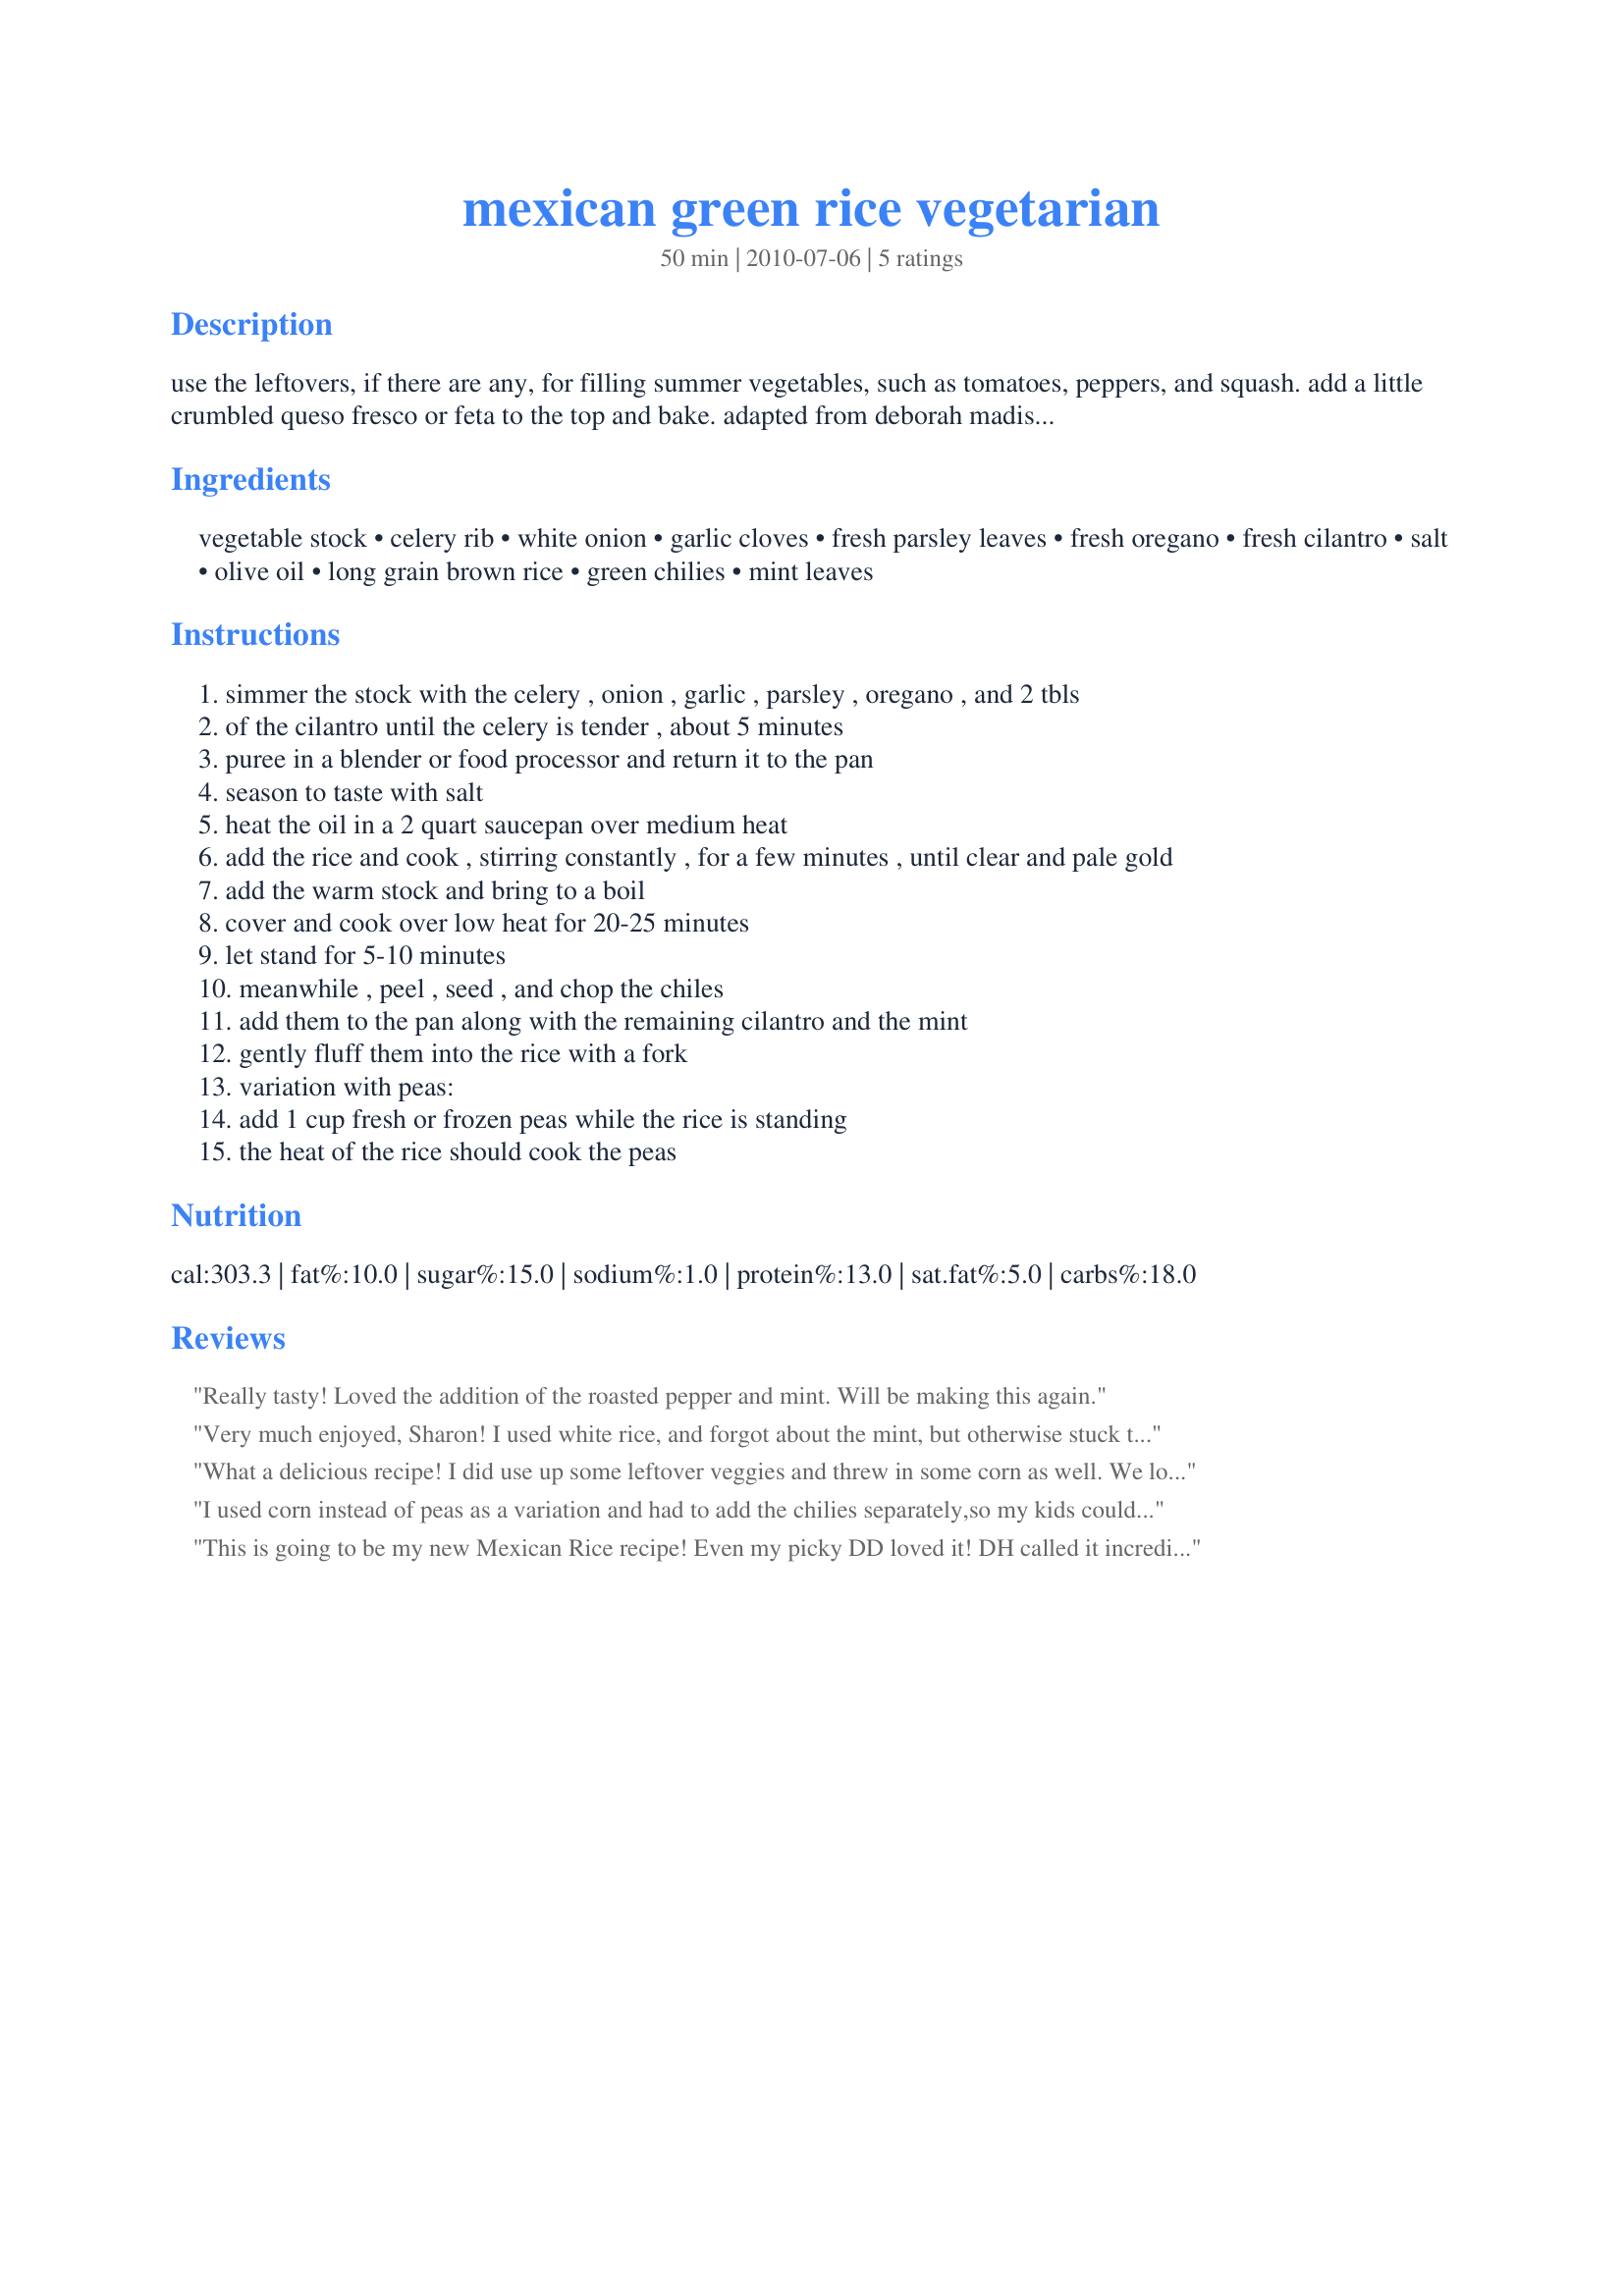
mexican green rice vegetarian
Preparation time: 50 minutes

use the leftovers, if there are any, for filling summer vegetables, such as tomatoes, peppers, and squash. add a little crumbled queso fresco or feta to the top and bake. adapted from deborah madison's vegetarian cooking for everyone cookbook.

Ingredients:
vegetable stock, celery rib, white onion, garlic cloves, fresh parsley leaves, fresh oregano, fresh cilantro, salt, olive oil, long grain brown rice, green chilies, mint leaves

Steps:
simmer the stock with the celery , onion , garlic , parsley , oregano , and 2 tbls
of the cilantro until the celery is tender , about 5 minutes
puree in a blender or food processor and return it to the pan
season to taste with salt
heat the oil in a 2 quart saucepan over medium heat
add the rice and cook , stirring constantly , for a few minutes , until clear and pale gold
add the warm stock and bring to a boil
cover and cook over low heat for 20-25 minutes
let stand for 5-10 minutes
meanwhile , peel , seed , and chop the chiles
add them to the pan along with the remaining cilantro and the mint
gently fluff them into the rice with a fork
variation with peas:
add 1 cup fresh or frozen peas while the rice is standing
the heat of the rice should cook the peas

Reviews:
Really tasty! Loved the addition of the roasted pepper and mint. Will be making this again.
Very much enjoyed, Sharon! I used white rice, and forgot about the mint, but otherwise stuck to recipe. Easily prepared, we enjoyed this with a mild curry, for a pleasantly spicy dinner. I didn't use the peas, incidentally, but may well do that another time.<br/>Thank you, a good change from regular steamed rice! Made for PRMR tag game.
What a delicious recipe! I did use up some leftover veggies and threw in some corn as well. We loved this, the flavour was incredible. Thanks so much for sharing this recipe Sharon!
I used corn instead of peas as a variation and had to add the chilies separately,so my kids could enjoy it too.I used fresh herbs and what a delight this dish was!
This is going to be my new Mexican Rice recipe! Even my picky DD loved it! DH called it incredible. :) The only thing I changed was to add a little garlic salt at the end. My family ate this with homemade beans, corn, avocado, and some corn tortillas. Thanks Sharon!
